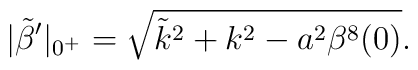
|\tilde\beta^\prime|_{0^+}=\sqrt{\tilde k^2+k^2-a^2\beta^8(0)}.